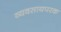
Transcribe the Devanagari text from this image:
व्‍यवसायपरक